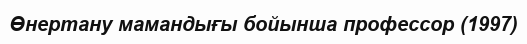
Өнертану мамандығы бойынша профессор (1997)